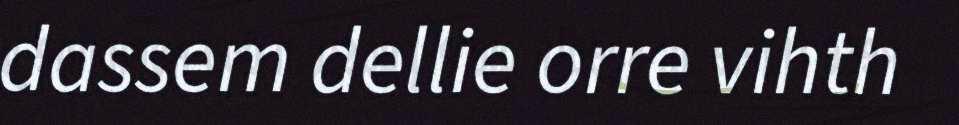
dassem dellie orre vihth